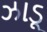
ઝાડૂ